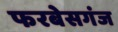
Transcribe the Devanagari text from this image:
फरबेसगंज